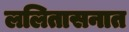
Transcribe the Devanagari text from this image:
ललितासनात